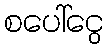
စပေါ်ငွေ